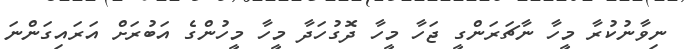
ނިވާނުކުރާ މީހާ ނާޗަރަންގީ ޖަހާ މީހާ ދޮގުހަދާ މީހާ މީހުންގެ އަބުރަށް އަރައިގަންނަ